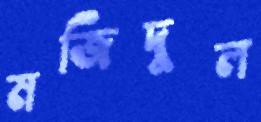
মজিদুল